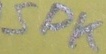
Text: SPK